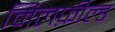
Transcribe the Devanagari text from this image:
मिलफ़ील्ड